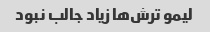
لیمو ترش‌ها زیاد جالب نبود